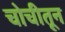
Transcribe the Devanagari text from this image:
चोचीतून